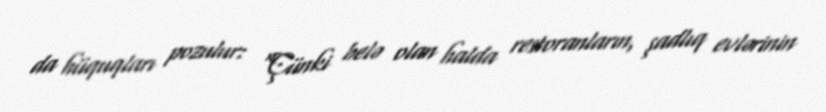
da hüquqları pozulur: “Çünki belə olan halda restoranların, şadlıq evlərinin